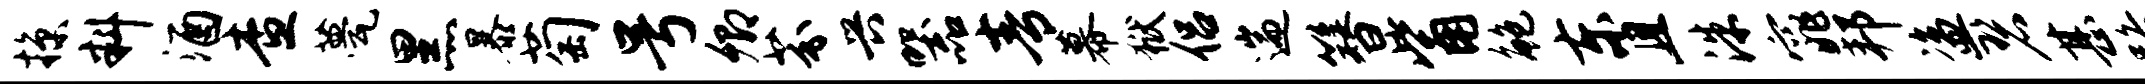
掠料酒查甍黑暴萄号卿芬兴器青幕狱侣遄簪觜鲍东且洙窕邦盗碧甚路